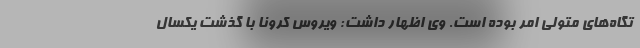
تگاه‌های متولی امر بوده است. وی اظهار داشت: ویروس کرونا با گذشت یکسال